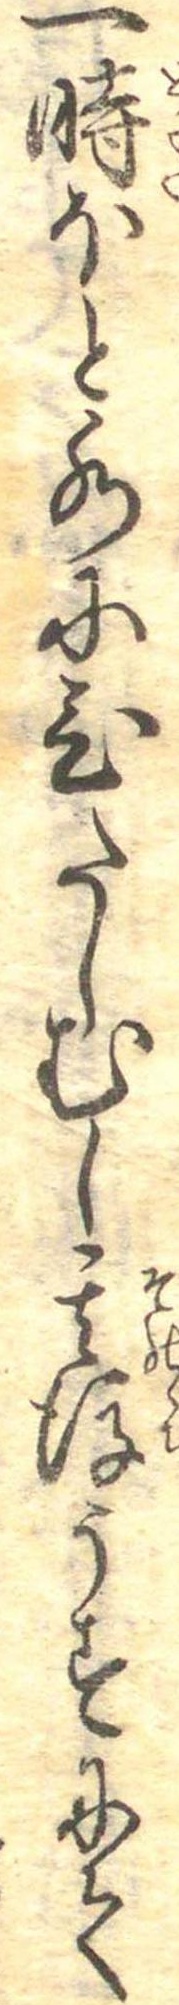
一時ほと水にひたしむし其後うすにて